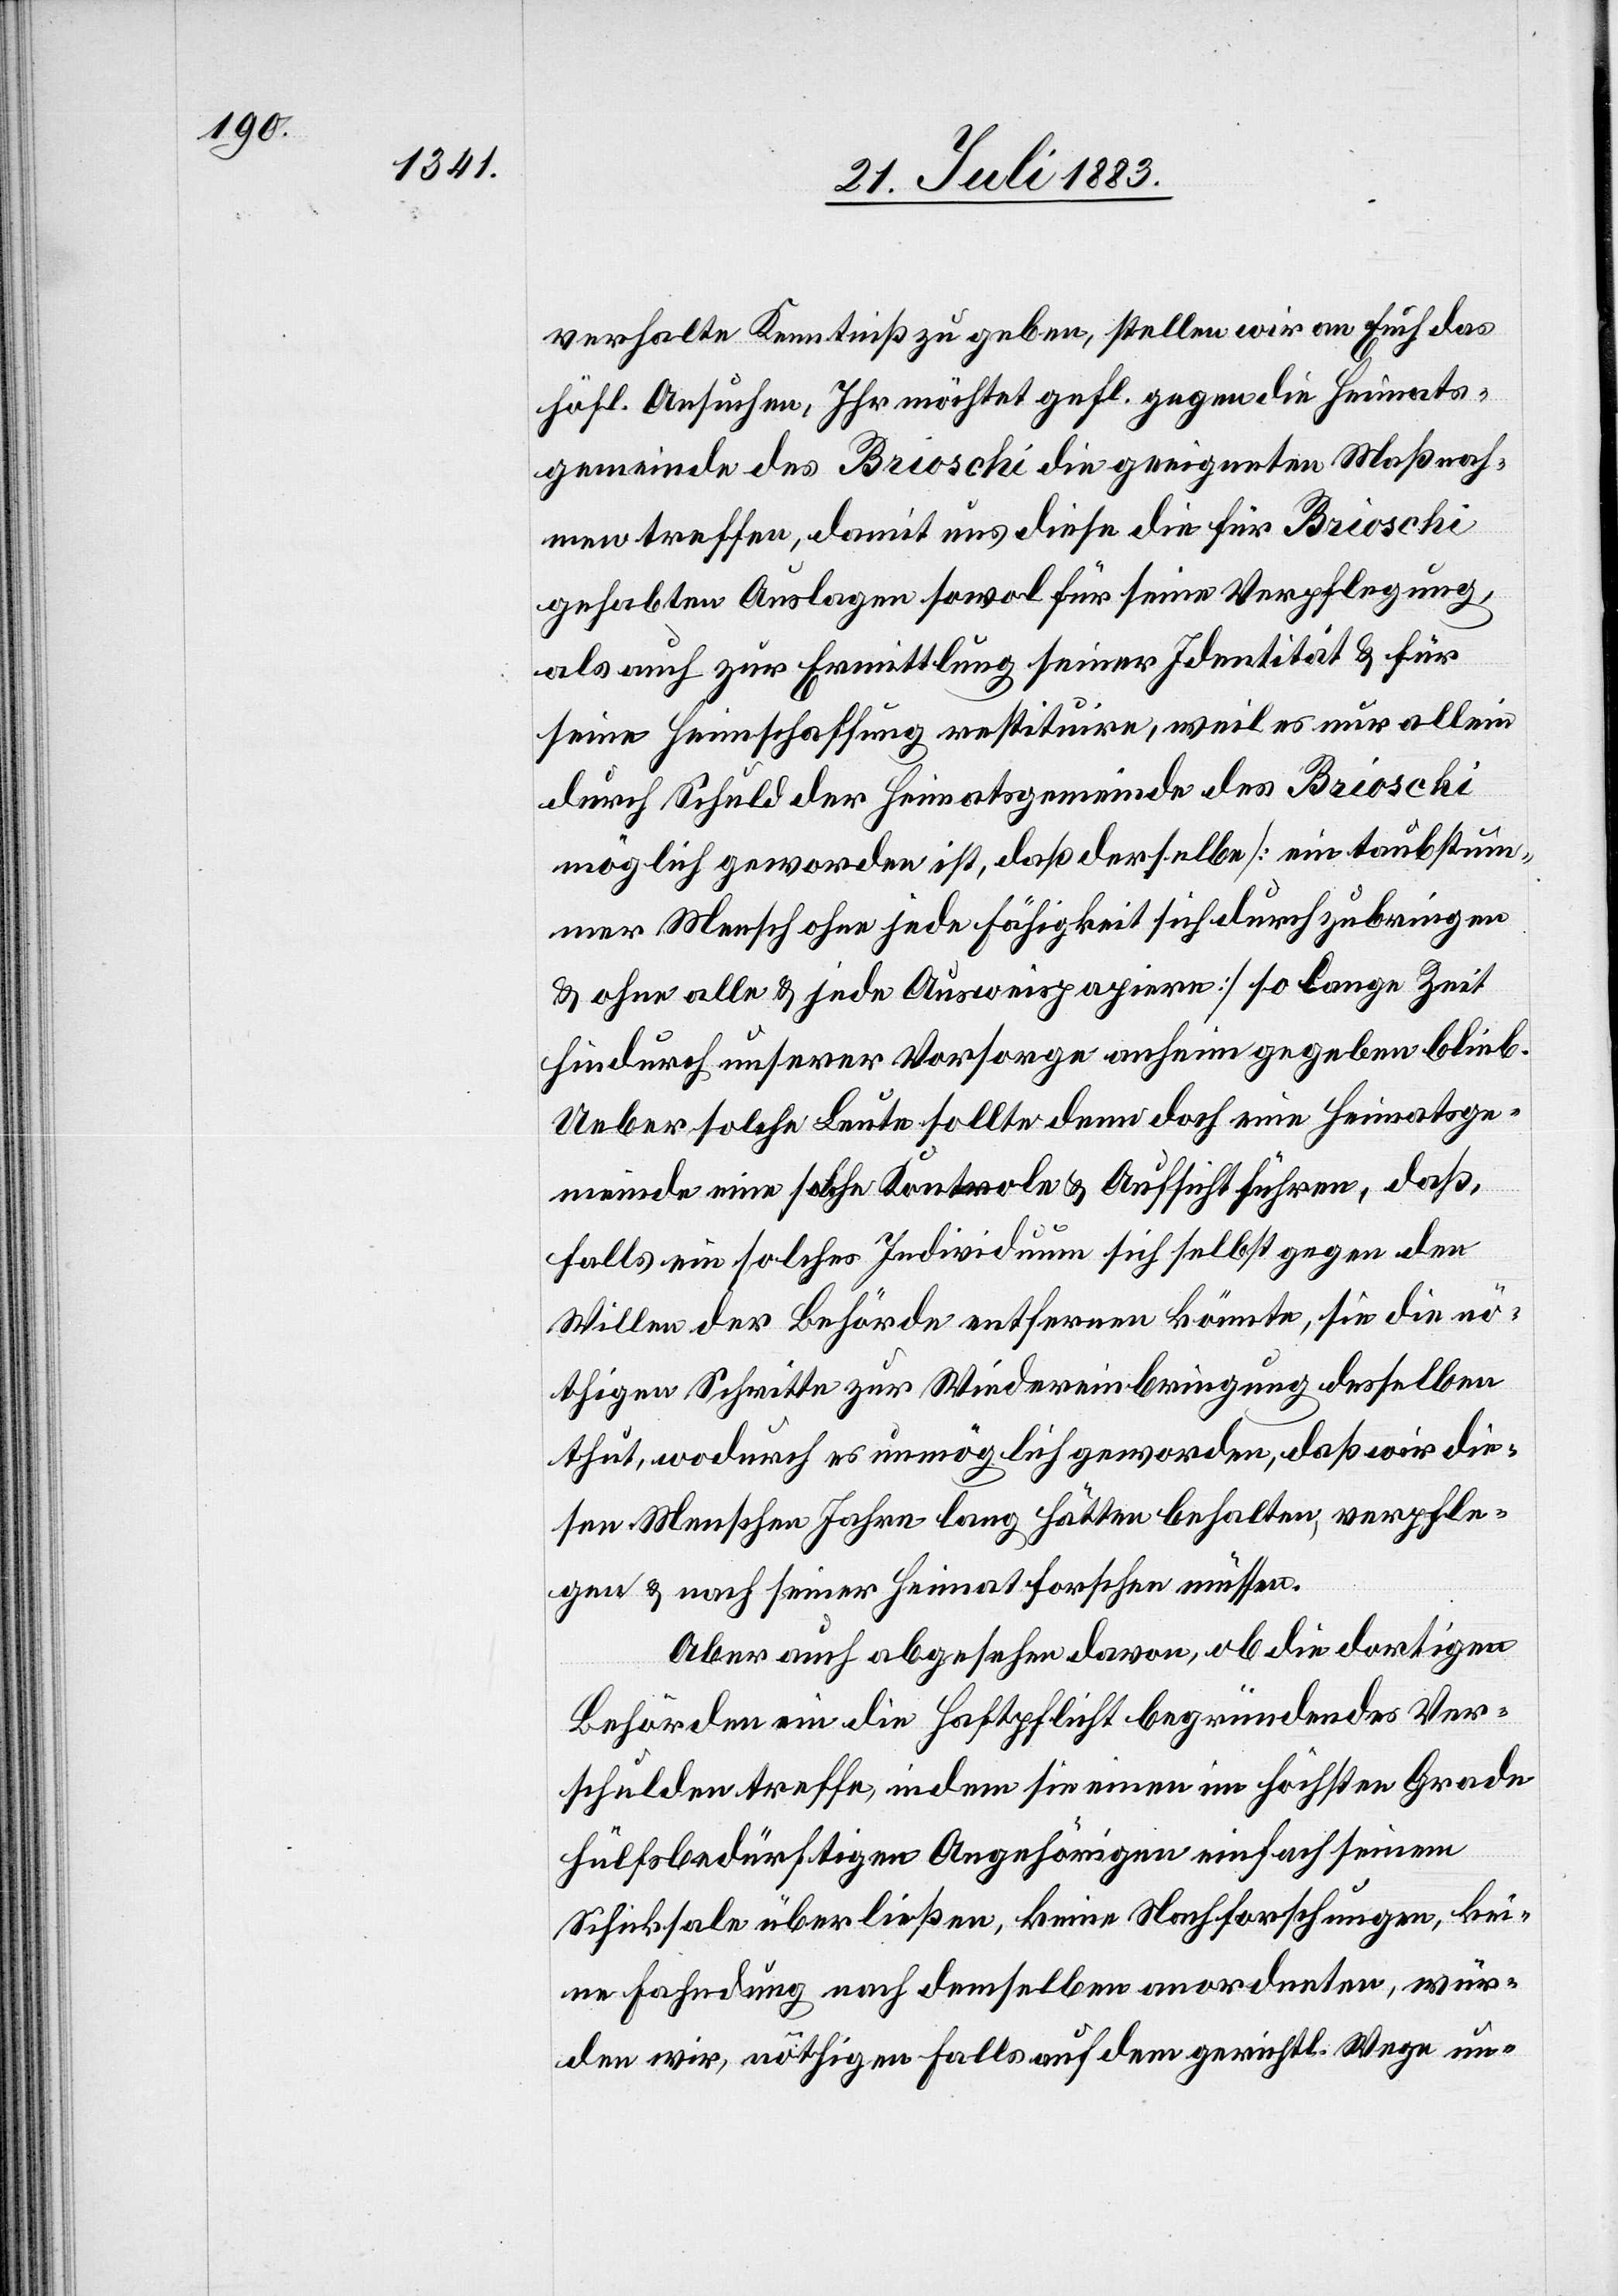
verhalte Kenntniß zu geben, stellen wir an Euch das
höfl. Ansuchen, Ihr möchtet gefl. gegen die Heimats¬
gemeinde des Brioschi die geeigneten Maßnah¬
men treffen, damit uns diese die für Brioschi
gehabten Auslagen sowol für seine Verpflegung,
als auch zur Ermittlung seiner Identität & für
seine Heimschaffung restituire, weil es nur allein
durch Schuld der Heimatsgemeinde des Brioschi
möglich geworden ist, daß derselbe [ein taubstum¬
mer Mensch ohne jede Fähigkeit sich durchzubringen
& ohne alle & jede Ausweispapiere] so lange Zeit
hindurch unserer Vorsorge anheim gegeben blieb.
Ueber solche Leute sollte denn doch eine Heimatsge¬
meinde eine solche Kontrole & Aufsicht führen, daß,
falls ein solches Individuum sich selbst gegen den
Willen der Behörde entfernen könnte, sie die nö¬
thigen Schritte zur Wiedereinbringung desselben
thut, wodurch es unmöglich geworden, daß wir die¬
sen Menschen Jahre lang hätten behalten, verpfle¬
gen & nach seiner Heimat forschen müssen.
Aber auch abgesehen davon, ob die dortigen
Behörden ein die Haftpflicht begründendes Ver¬
schulden treffe, indem sie einen im höchsten Grade
hülfsbedürftigen Angehörigen einfach seinem
Schicksale überließen, keine Nachforschungen, kei¬
ne Fahndung nach demselben anordneten, wür¬
den wir, nöthigen Falls auf dem gerichtl. Wege un-